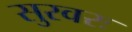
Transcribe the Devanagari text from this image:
सुरवरः